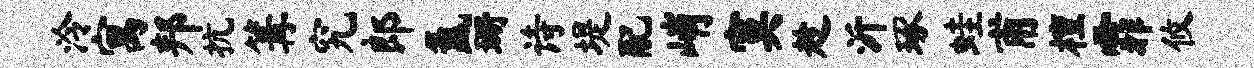
泠寓邦抗篝究郎氲珊诗堤配峭寞趁沂琢蛙甫檀霏攸